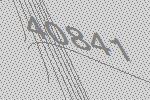
40841